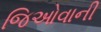
જિઓવાની